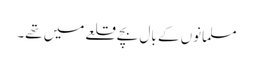
مسلمانوں کے بال بچے قلعے میں تھے۔